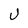
Character: U